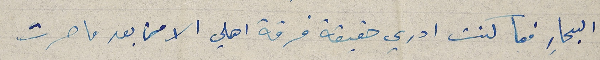
البحارِ فما كنت ادري حقيقة فرقة اهلي الا من بعد ما صرت